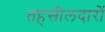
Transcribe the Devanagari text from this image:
तहसीलदारों